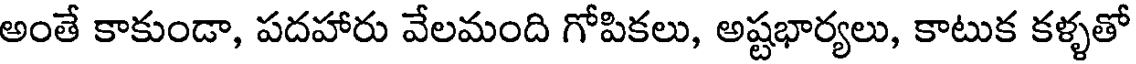
అంతే కాకుండా, పదహారు వేలమంది గోపికలు, అష్టభార్యలు, కాటుక కళ్ళతో